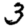
Digit: 3